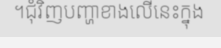
។ជុំវិញបញ្ហាខាងលើនេះក្នុង